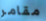
مقامر